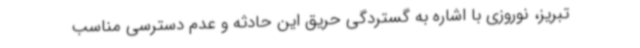
تبریز، نوروزی با اشاره به گستردگی حریق این حادثه و عدم دسترسی مناسب